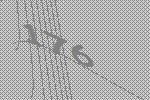
176